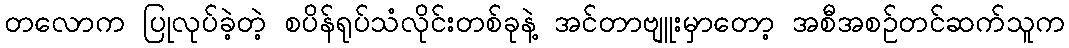
တလောက ပြုလုပ်ခဲ့တဲ့ စပိန်ရုပ်သံလိုင်းတစ်ခုနဲ့ အင်တာဗျူးမှာတော့ အစီအစဉ်တင်ဆက်သူက